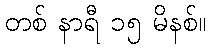
တစ် နာရီ ၁၅ မိနစ်။